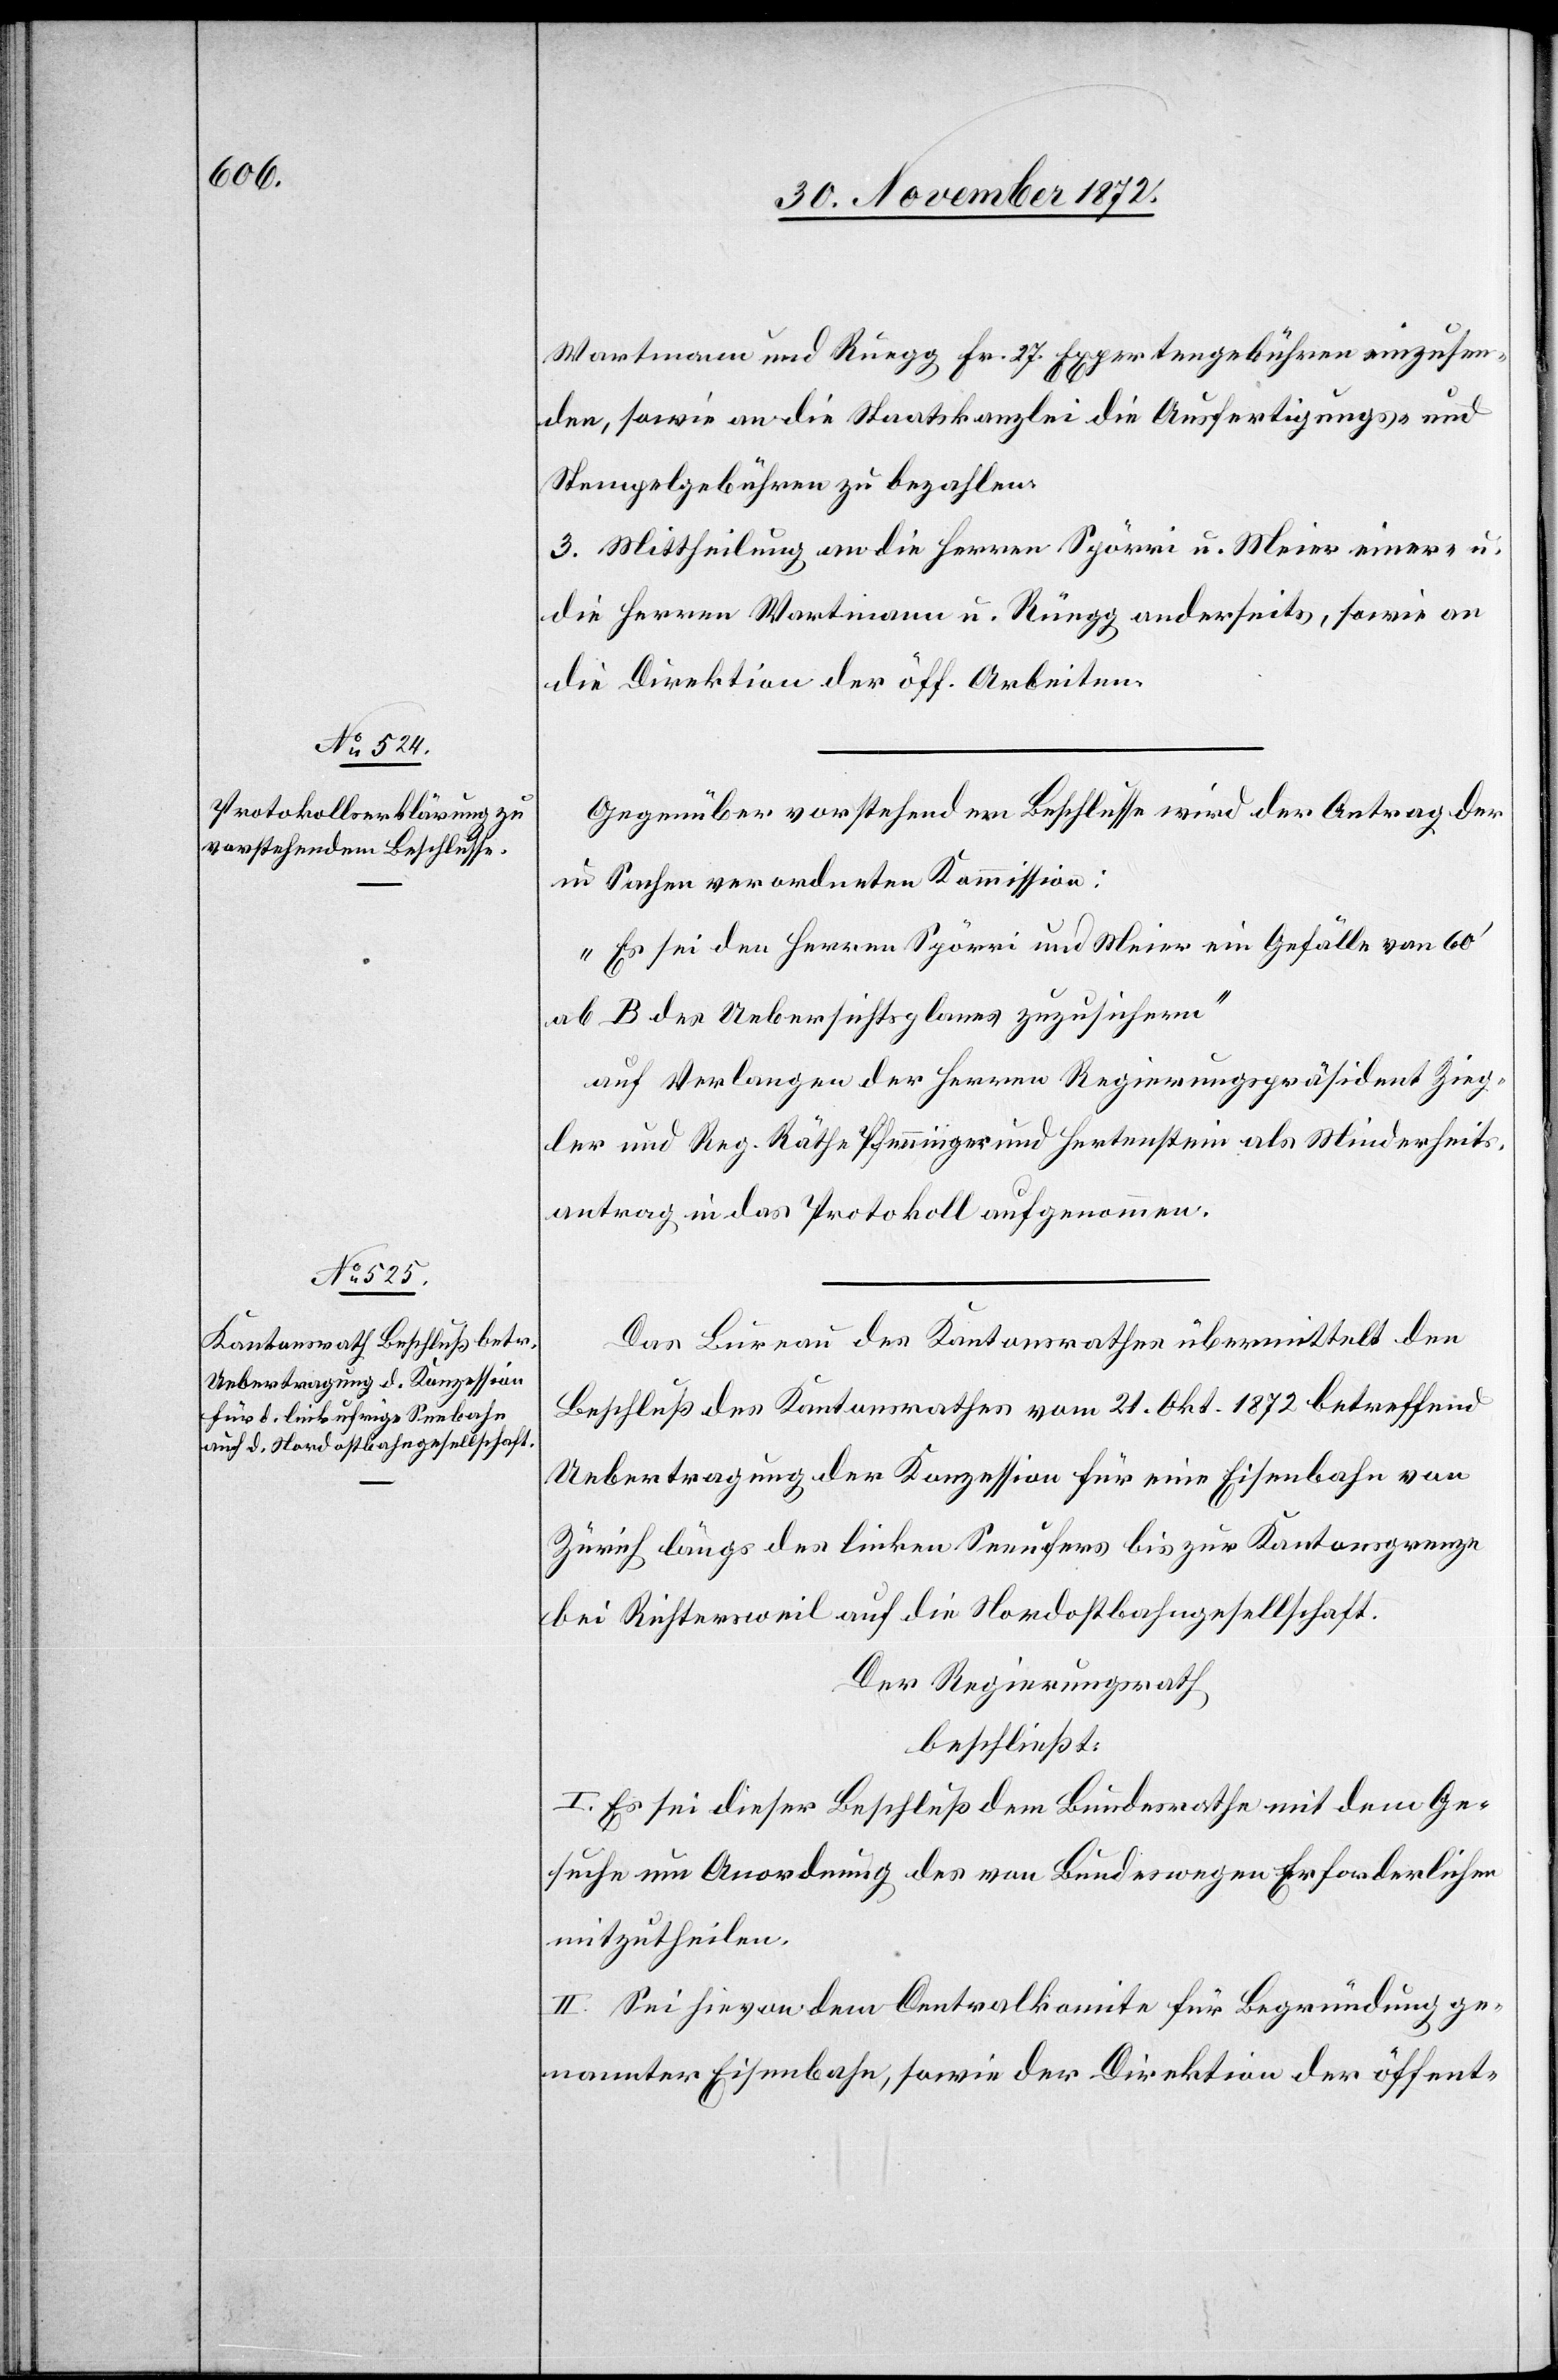
Wartmann und Rüegg Fr. 27. Expertengebühren einzusen¬
den, sowie an die Staatskanzlei die Ausfertigungs- und
Stempelgebühren zu bezahlen.
3. Mittheilung an die Herren Spörri u. Meier einer- u.
die Herren Wartmann u. Rüegg anderseits, sowie an
die Direktion der öff. Arbeiten.
Gegenüber vorstehendem Beschlusse wird der Antrag der
in Sachen verordneten Kommission:
„Es sei den Herren Spörri und Meier ein Gefälle von 60’
ab B des Uebersichtsplanes zuzusichern“
auf Verlangen der Herren Regierungspräsident Zieg¬
ler und Reg. Räthe Pfenninger und Hertenstein als Minderheits¬
antrag in das Protokoll aufgenommen.
Das Bureau des Kantonsrathes übermittelt den
Beschluß des Kantonsrathes vom 21. Okt. 1872 betreffend
Uebertragung der Konzession für eine Eisenbahn von
Zürich längs des linken Seeufers bis zur Kantonsgrenze
bei Richtersweil auf die Nordostbahngesellschaft.
Der Regierungsrath
beschließt:
I. Es sei dieser Beschluß dem Bundesrathe mit dem Ge¬
suche um Anordnung des von Bundeswegen Erforderlichen
mitzutheilen.
II. Sei hievon dem Centralkomite für Begründung ge¬
nannter Eisenbahn, sowie der Direktion der öffent-